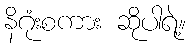
နိဂုံးစကား ဆိုပါရဲ့။